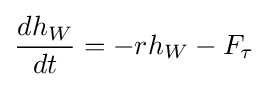
{\frac {dh_{W}}{dt}}=-rh_{W}-F_{\tau }